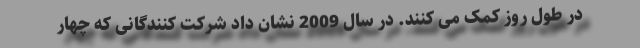
در طول روز کمک می کنند. در سال 2009 نشان داد شرکت کنندگانی که چهار